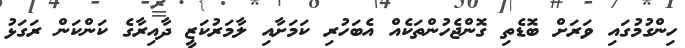
ހިންގުމުގައި ވަރަށް ބޮޑެތި ގޮންޖެހުންތަކެއް އެބަހުރި ކަމަށާއި ލާމަރުކަޒީ ދާއިރާގެ ކަންކަން ރަގަޅު